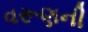
વરૂણની